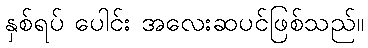
နှစ်ရပ် ပေါင်း အလေးဆပင်ဖြစ်သည်။